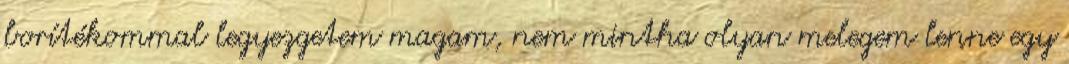
borítékommal legyezgetem magam, nem mintha olyan melegem lenne egy